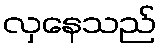
လှနေသည်